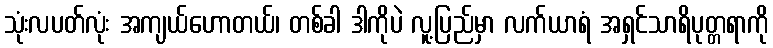
သုံးလပတ်လုံး အကျယ်ဟောတယ်၊ တစ်ခါ ဒါကိုပဲ လူ့ပြည်မှာ လက်ယာရံ အရှင်သာရိပုတ္တရာကို